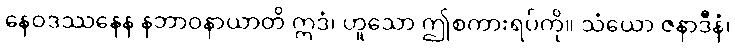
နေဝဒဿနေန နဘာဝနာယာတိ ဣဒံ၊ ဟူသော ဤစကားရပ်ကို။ သံယော ဇနာဒီနံ၊